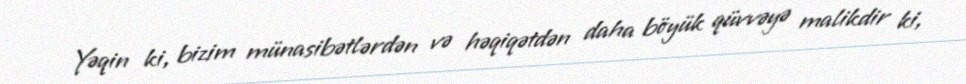
Yəqin ki, bizim münasibətlərdən və həqiqətdən daha böyük qüvvəyə malikdir ki,